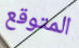
المتوقع